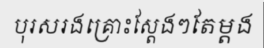
បុរសរងគ្រោះស្តែងៗតែម្តង